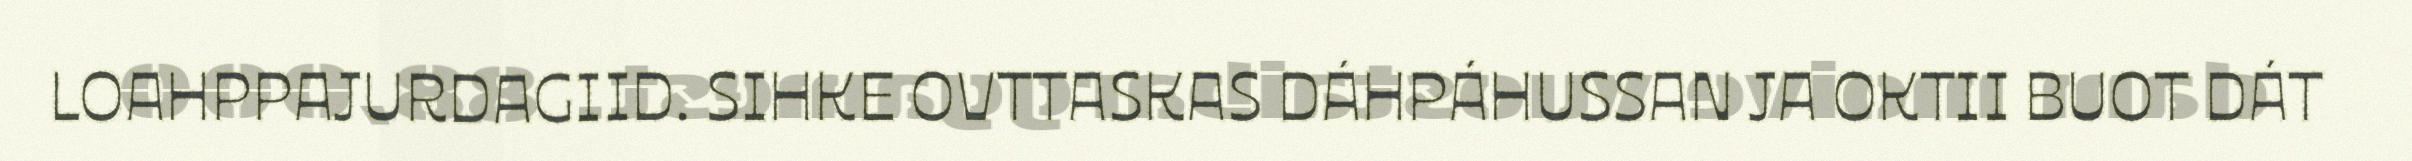
LOAHPPAJURDAGIID. SIHKE OVTTASKAS DÁHPÁHUSSAN JA OKTII BUOT DÁT